Statistical return of the lunatic asylum in Assam - 1912-1932
Year: 1912
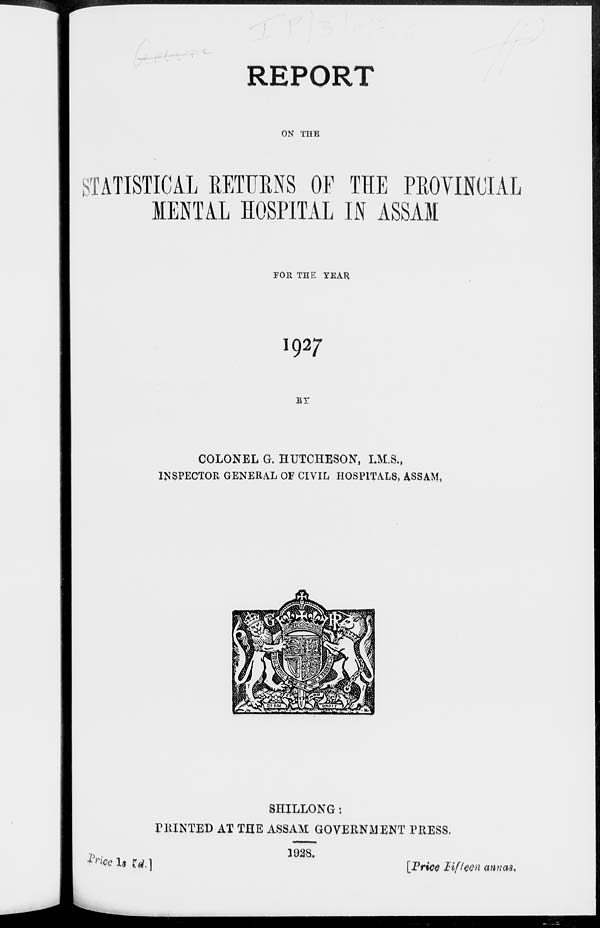
REPORT
GN THE
STATISTICAL RETURNS OF THE PROVINCIAL
MENTAL HOSPITAL IN ASSAM
FOR THE YEAR
1927
BT
COLONEL G. HTJTCHESON, I.M.S.,
INSPECTOR GENERAL OF CIVIL HOSPITALS, ASSAM,
SHILLONG:
FEINTED AT THE ASSAM GOVERNMENT PRESS.
IV **!• frf.]
1928.
[Price lifteen annas.